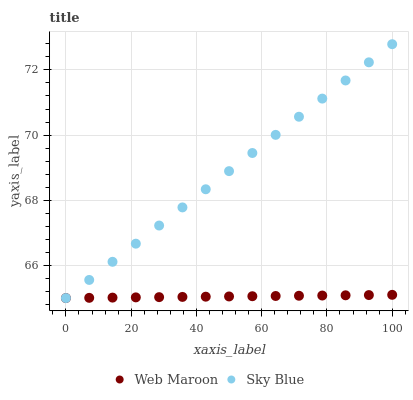
| xaxis_label | Web Maroon | Sky Blue |
 | --- | --- | --- |
 | 0 | 65 | 65 |
 | 7.14 | 65 | 65.6 |
 | 14.3 | 65 | 66.1 |
 | 21.4 | 65 | 66.7 |
 | 28.6 | 65 | 67.2 |
 | 35.7 | 65 | 67.8 |
 | 42.9 | 65 | 68.3 |
 | 50 | 65 | 68.9 |
 | 57.1 | 65.1 | 69.5 |
 | 64.3 | 65.1 | 70 |
 | 71.4 | 65.1 | 70.6 |
 | 78.6 | 65.1 | 71.1 |
 | 85.7 | 65.1 | 71.7 |
 | 92.9 | 65.1 | 72.2 |
 | 100 | 65.1 | 72.8 |